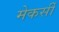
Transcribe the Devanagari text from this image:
मेकर्सी